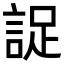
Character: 䛤